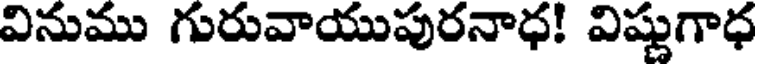
వినుము గురువాయుపురనాధ! విష్ణుగాధ